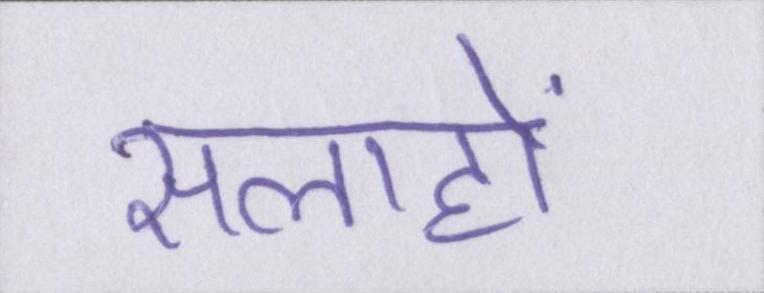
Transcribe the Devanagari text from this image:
सलाहों